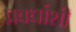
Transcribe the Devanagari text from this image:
प्रवर्धाशी